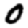
Digit: 0